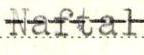
Naftal